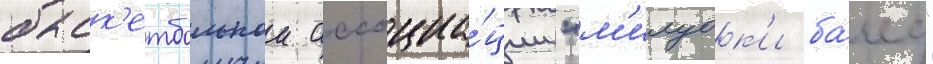
баск'етбольнои ассоциа́ции "м'илуок'и ба́кс"